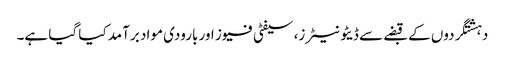
دہشتگردوں کے قبضے سے ڈیٹونیٹرز، سیفٹی فیوز اور بارودی مواد برآمد کیا گیا ہے۔